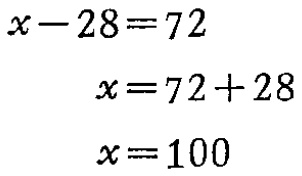
\begin{align*}

x - 28 &= 72\\

x&=72 + 28\\

x&=100

\end{align*}